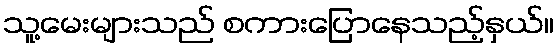
သူ့မေးများသည် စကားပြောနေသည့်နှယ်။